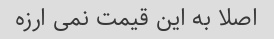
اصلا به این قیمت نمی ارزه